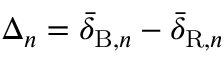
\Delta _ { n } = \bar { \delta } _ { \mathrm { B } , n } - \bar { \delta } _ { \mathrm { R } , n }